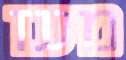
מעז